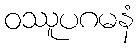
ဝဿူပဂမနံ